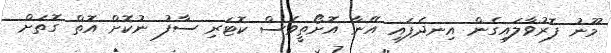
މޫނު ފޮރުވާލައިގެން އިނދެފައި އޭނާ އޮށޯތީވެސް ކޮޓަރި ސާފު ނުކޮށް އޮތް ގޮތަށް